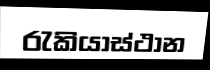
රැකියාස්ථාන